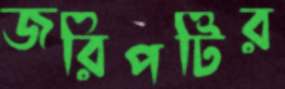
জরিপটির